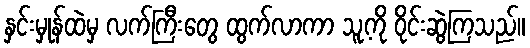
နှင်းမှုန်ထဲမှ လက်ကြီးတွေ ထွက်လာကာ သူ့ကို ဝိုင်းဆွဲကြသည်။